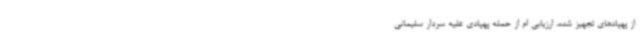
از پهپادهای تجهیز شده، ارزیابی ام از حمله پهپادی علیه سردار سلیمانی